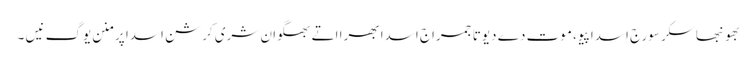
بھونبھاسکر سورج اسدا پیو، موت دے دیوتا جمراج اسدا بھرا اتے بھگوان شری کرشن اسدا پرِ منن یوگ نیں ۔